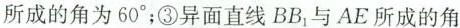
所成的角为60°；③异面直线BB_{1}与AE所成的角